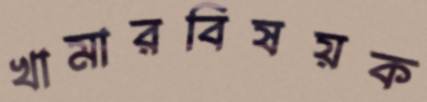
খামারবিষয়ক